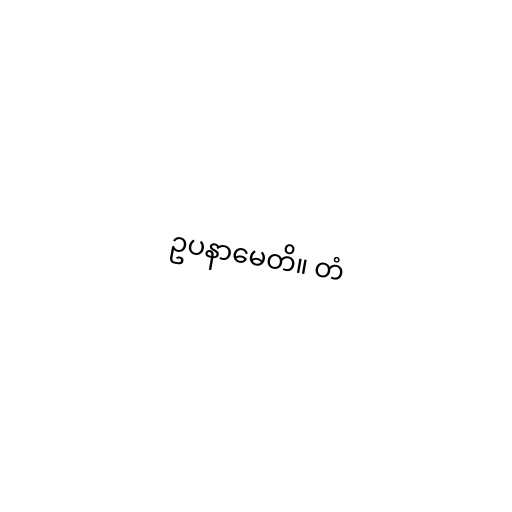
ဥပနာမေတိ။ တံ